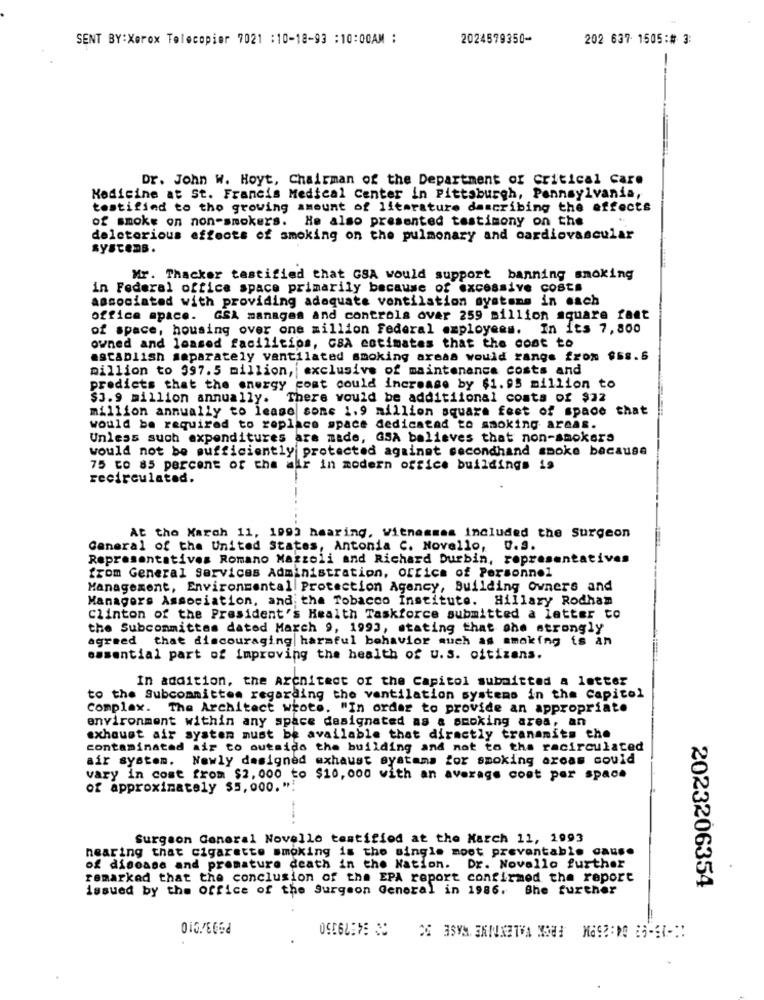
SENT BY:Xerox Telecopier 7021 :10-18-93 :10:00AM :
2024579350-
202 637 1505:# 3:
--
Dr. John W. Hoyt, Chairman of the Department of Critical Care
Medicine at St. Francis Medical Center in Pittsburgh, Pennsylvania,
testified to the growing amount of literature describing the effects
of smoke on non-smokers. He also presented testimony on the
deleterious effects of smoking on the pulmonary and cardiovascular
Mr. Thacker testified that GSA would support banning smoking
in Federal office space primarily because of excessive costs
associated with providing adequate ventilation systems in each
office space.
GSA manages and controls over 259 million square fast
of space, housing over one million Federal employees. In its 7,800
owned and loased facilicios, GBA estimates that the cost to
establish separately ventilated smoking areas would range from $58.6
million to 997.5 million, | exclusive of maintenance costs and
predicts that the energy coat could increase by $1.95 million to
$3.9 million annually.
There would be additional costs of $22
million annually to lease some 1.9 million square feet of space that
would be required to replace space dedicated to smoking areas.
Unless such expenditures are made, GSA believes that non-smokers
would not be sufficiently protected against secondhand smoke because
75 to 85 percent of the air in modern office buildings is
recirculated.
At the March 11, 1993 hearing, Witnesses included the Surgeon
General of the United States, Antonia C. Novello,
0.9.
Representatives Romano Mazzoli and Richard Durbin, representatives
from General Services Administration, office of Personnel
Management, Environmental Protection Agency, Building Owners and
Managers Association, and the Tobacco Institute. Hillary Rodham
Clinton of the President's Health Taskforce submitted a letter to
the Subcommittee dated March 9, 1993, stating that she strongly
agreed that discouraging harmful behavior much as smoking is an
essential part of improving the health of u.s. citizens.
In addition, the Architect of the Capitol submitted a letter
to the Subcommittee regarding the ventilation systems in the Capitol
Complex. The Architect wrote. "In order to provide an appropriate
environment within any space designated as a smoking area, an
exhaust air system must be available that directly transmits the
contaminated air to outside the building and not to the racirculated
air system.
Newly designed exhaust systems for smoking areas could
vary in cost from $2, 000 to $10, 000 with an average cost per space
of approximately $5,000."!
Surgeon General Novelle testified at the March 11, 1993
hearing that cigarette smoking is the single moet preventable cause
of disease and premature death in the Nation. Dr. Novallo further
remarked that the conclusion of the EPA report confirmed the report
issued by the Office of the Surgeon General in 1986. She further
2023206354
010.8064